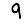
Digit: 9